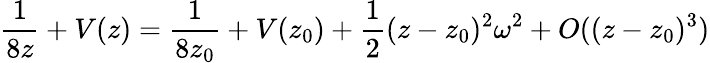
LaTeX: \frac{1}{8z}+V(z)=\frac{1}{8z_{0}}+V(z_{0})+\frac 12(z-z_{0})^{2}\omega^{2}+O((z-z_{0})^{3})